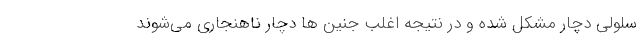
سلولی دچار مشکل شده و در نتیجه اغلب جنین ها دچار ناهنجاری می‌شوند